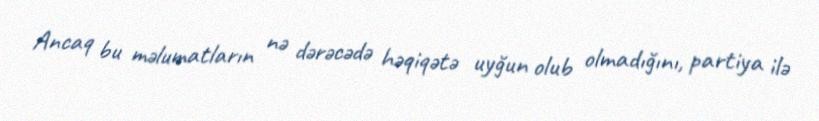
Ancaq bu məlumatların nə dərəcədə həqiqətə uyğun olub olmadığını, partiya ilə